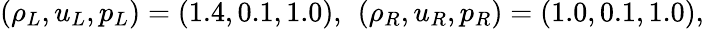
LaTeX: \begin{array}{r}{\left(\rho_{L},u_{L},p_{L}\right)=(1.4,0.1,1.0),~\left(\rho_{R},u_{R},p_{R}\right)=(1.0,0.1,1.0),}\end{array}